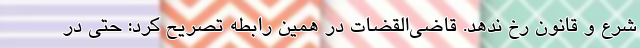
شرع و قانون رخ ندهد. قاضی‌القضات در همین رابطه تصریح کرد: حتی در